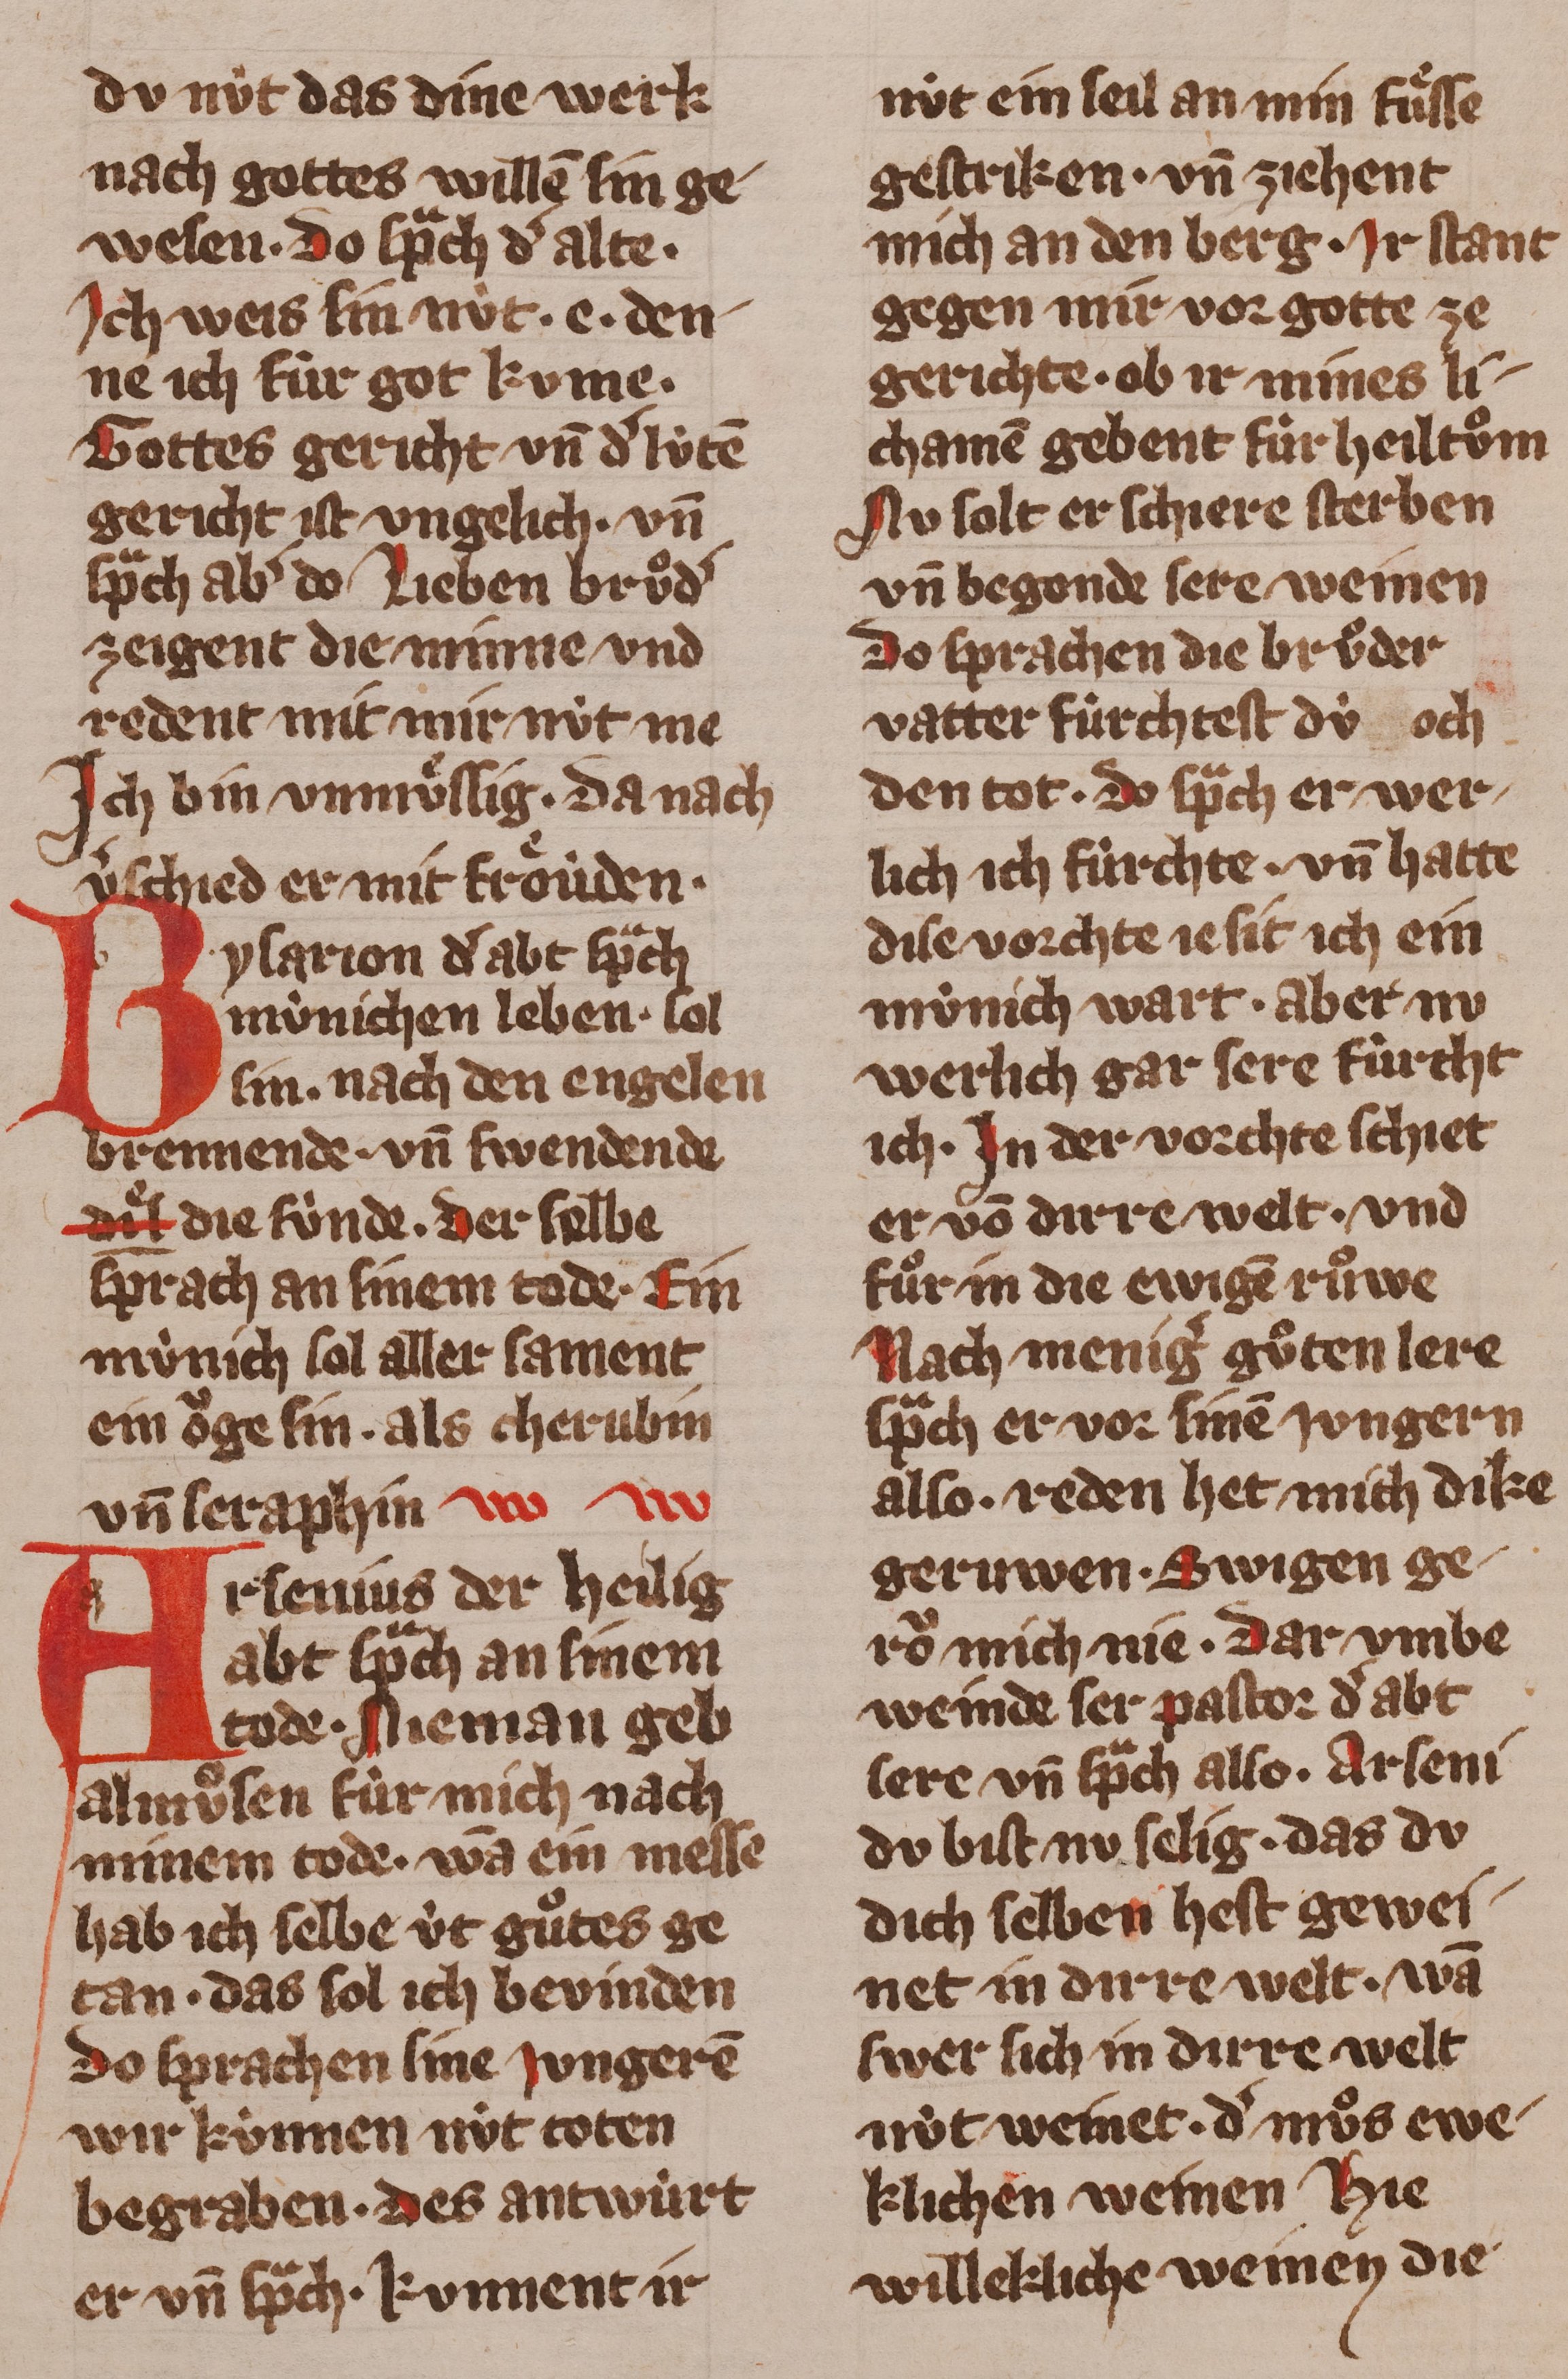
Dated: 1355–1385